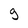
Character: 9